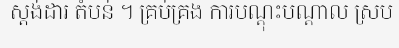
ស្តង់ដារ តំបន់ ។ គ្រប់គ្រង ការបណ្តុះបណ្តាល ស្រប